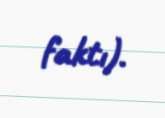
faktı).